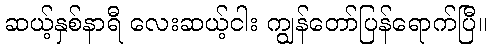
ဆယ့်နှစ်နာရီ လေးဆယ့်ငါး ကျွန်တော်ပြန်ရောက်ပြီ။